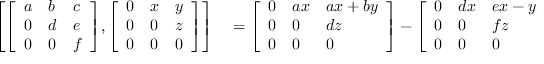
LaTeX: \begin{array} { r l } { \left[ { \left[ \begin{array} { l l l } { a } & { b } & { c } \\ { 0 } & { d } & { e } \\ { 0 } & { 0 } & { f } \end{array} \right] } , { \left[ \begin{array} { l l l } { 0 } & { x } & { y } \\ { 0 } & { 0 } & { z } \\ { 0 } & { 0 } & { 0 } \end{array} \right] } \right] } & { { } = { \left[ \begin{array} { l l l } { 0 } & { a x } & { a x + b y } \\ { 0 } & { 0 } & { d z } \\ { 0 } & { 0 } & { 0 } \end{array} \right] } - { \left[ \begin{array} { l l l } { 0 } & { d x } & { e x - y f } \\ { 0 } & { 0 } & { f z } \\ { 0 } & { 0 } & { 0 } \end{array} \right] } } \end{array}